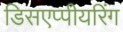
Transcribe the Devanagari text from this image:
डिसएप्पीयरिंग